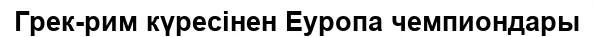
Грек-рим күресінен Еуропа чемпиондары